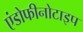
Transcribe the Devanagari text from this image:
एंडोफीनोटाइप